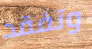
وتفقد